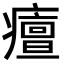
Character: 𤺺